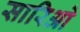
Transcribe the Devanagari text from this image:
सारिओ